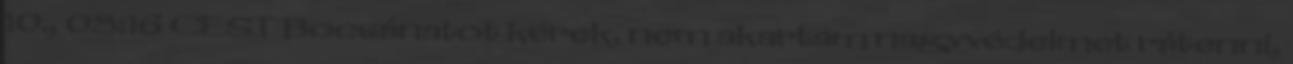
10., 08:16 CEST Bocsánatot kérek, nem akartam nagyvédelmet rátenni,